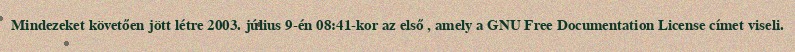
Mindezeket követően jött létre 2003. július 9-én 08:41-kor az első , amely a GNU Free Documentation License címet viseli.